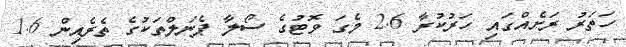
ހަތަރު ރަށެއްގައި ހަރުކުރާ 2.6 މެގަ ވޮޓުގެ ސޯލާ ޕެނަލްތަކުގެ ތެރެއިން 1.6